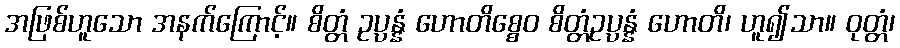
အဖြစ်ဟူသော အနက်ကြောင့်။ စိတ္တံ ဥပ္ပန္နံ ဟောတိစ္စေဝ စိတ္တံဥပ္ပန္နံ ဟောတိ၊ ဟူ၍သာ။ ဝုတ္တံ၊